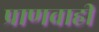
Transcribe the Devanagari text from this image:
प्राणवाही